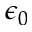
\epsilon _ { 0 }